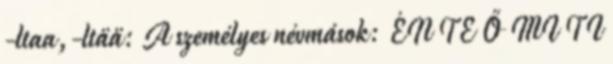
-ltaa,-ltää: A személyes névmások: ÉN TE Ő MI TI